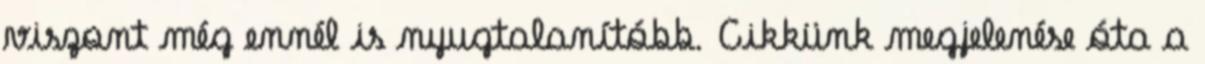
viszont még ennél is nyugtalanítóbb. Cikkünk megjelenése óta a